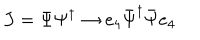
J = \Psi \Psi ^ { \dagger } \rightarrow e _ { 4 } \bar { \Psi } ^ { \dagger } \bar { \Psi } e _ { 4 }